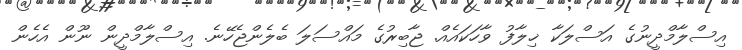
އިސްލާމްދީނުގެ އަސްލަކާ ޚިލާފު ވާހަކައެއް. ޖާބިރުގެ މައްސަލަ ބެލެންޖެހޭނެ. އިސްލާމްދީން ނޫން އެހެން